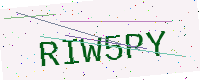
Text: RIW5PY